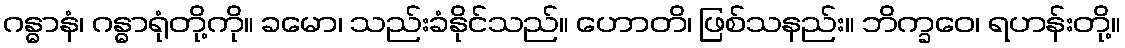
ဂန္ဓာနံ၊ ဂန္ဓာရုံတို့ကို။ ခမော၊ သည်းခံနိုင်သည်။ ဟောတိ၊ ဖြစ်သနည်း။ ဘိက္ခဝေ၊ ရဟန်းတို့။